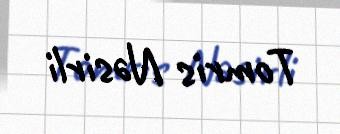
Tomris Nəsirli